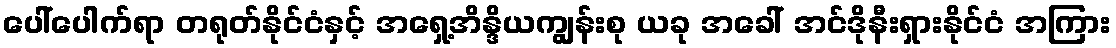
ပေါ်ပေါက်ရာ တရုတ်နိုင်ငံနှင့် အရှေ့အိန္ဒိယကျွန်းစု ယခု အခေါ် အင်ဒိုနီးရှားနိုင်ငံ အကြား